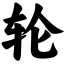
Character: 轮